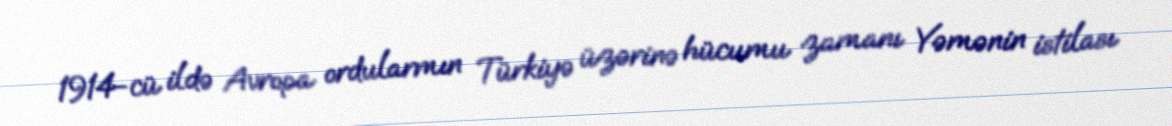
1914-cü ildə Avropa ordularmın Türkiyə üzərinə hücumu zamanı Yəmənin istilası